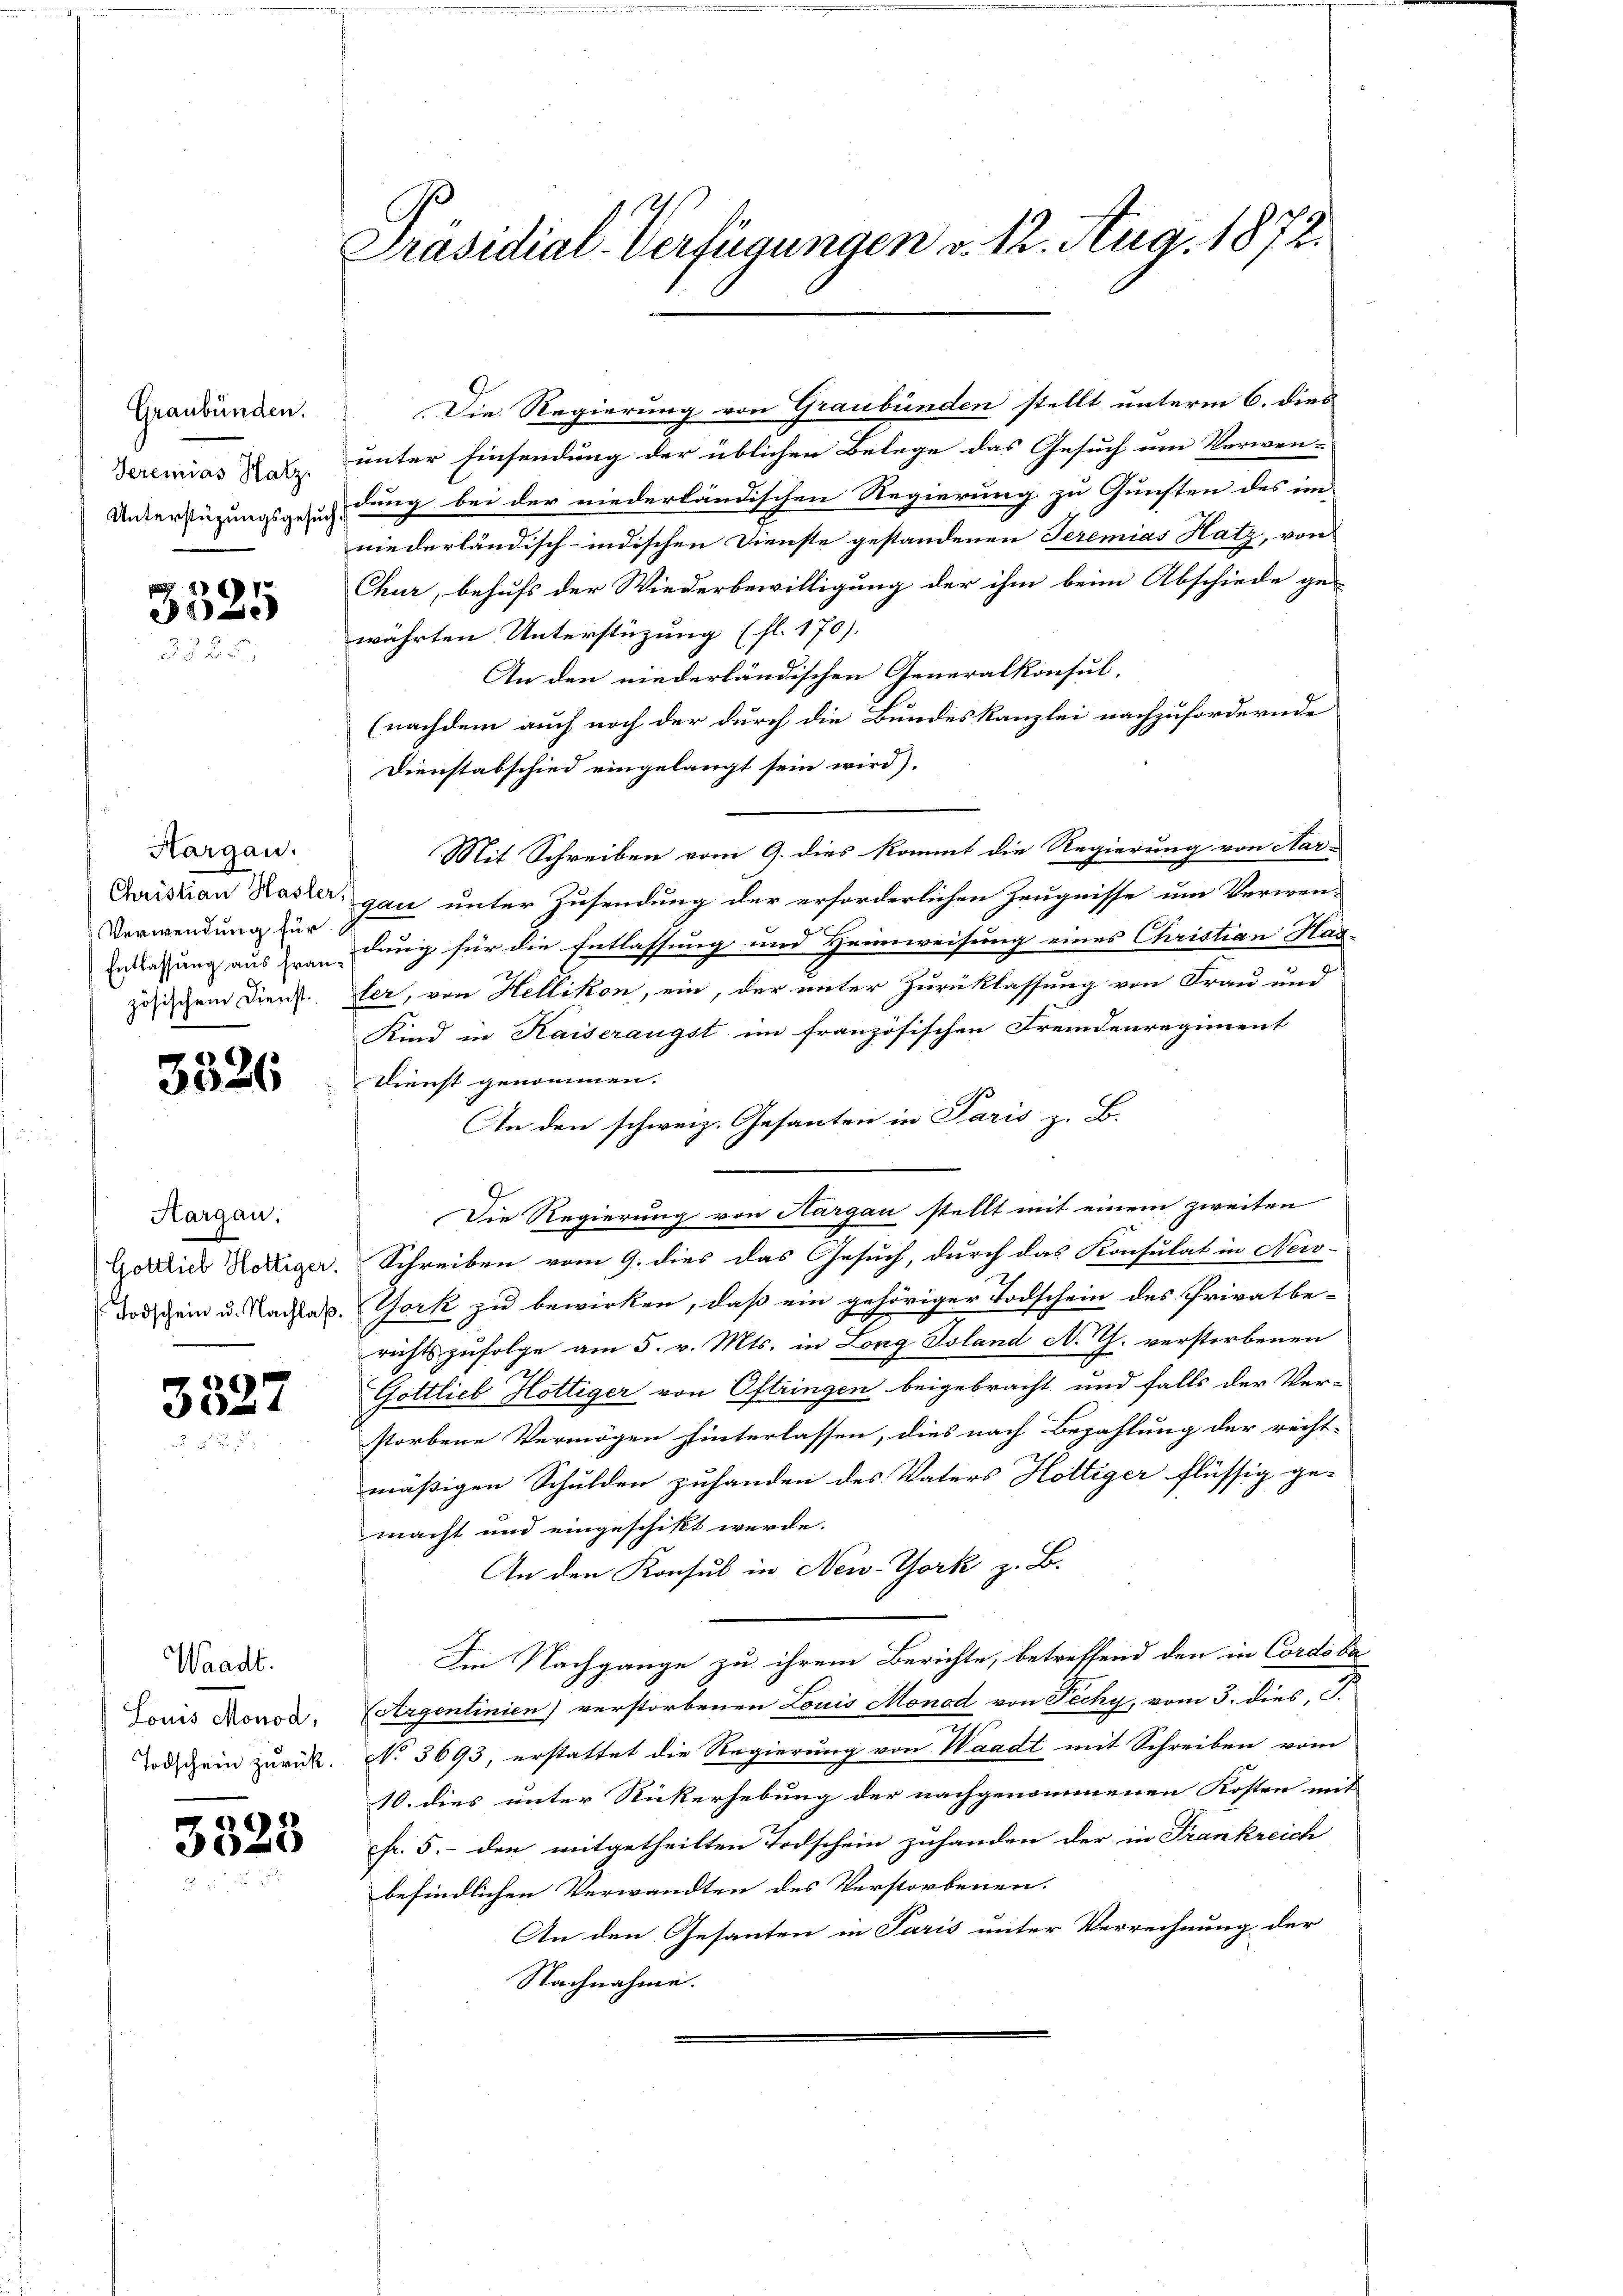
Graubünden.
Seremias Hatz,
Unterstüzungsgesuch

3325

Hargau.
Christian Hasler
Verwendung für
Entlassung aus französischem Dienst.

3326

Aargau.
Gottlieb Hottiger.
Todschein u. Nachlaß.

3527

Waadt.
Louis Monod:
Todschein zurück.

3323

Präsidial-Verfügungen v. 12. Aug. 1872.

Die Regierung von Graubünden stellt unterm 6. dies
unter Einsendung der üblichen Belege das Gesuch um Verwen-
dung bei der niederländischen Regierung zu Gunsten des im
niederländisch-indischen Dienste gestandenen Seremias Hatz, von
Chur, behufs der Wiederbewilligung der ihm beim Abschiede ge-
wahrten Unterstüzung (fl. 170).
An den niederländischen Generalkonsul-
(nachdem auch noch der durch die Bundeskanzlei nachzufordernde
Dienstabschied eingelangt sein wird).
Mit Schreiben vom 9. dies kommt die Regierung von Aar-
gau unter Zusendung der erforderlichen Zeugnisse um Verwendung für die Entlassung und Heimweisung eines Christian Has-
ler, von Hellikon, ein, der unter Zurücklassung von Frau und
Kind in Kaiserangst im französischen Fremdenregiment
Dienst genommen.
I
An den schweiz. Gesanten in Paris z. B.
Die Regierung von Aargau stellt mit einem zweiten
Schreiben vom 9. dies das Gesuch, durch das Konsulat in New-
York zu bewirken, daß ein gehöriger Todschein des Privatbe-
richts zufolge am 5. v. Mts. in Long Island N. Th. verstorbenen
Gottlieb Hottiger von Oftringen beigebracht und falls der Ver-
storbene Vermögen hinterlassen, dies nach Bezahlung der recht-
mäßigen Schulden zuhanden des Vaters Hottiger flüssig ge-
macht und eingeschikt werde.
An den Konsul in New-York z. B.
Im Nachgange zu ihrem Berichte, betreffend den in Cordosa
Argentinien) verstorbenen Louis Monod von Fechy, vom 3. dies, S.
No 3693, erstattet die Regierung von Waadt mit Schreiben vom
10. dies unter Rückerhebung der nachgenommenen Kosten mit
fr. 5.- den mitgetheilten Todschein zuhanden der in Frankreich
befindlichen Verwandten des Verstorbenen.
An den Gesanten in Paris unter Verrechnung der
Nachnahme.